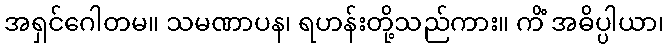
အရှင်ဂေါတမ။ သမဏာပန၊ ရဟန်းတို့သည်ကား။ ကိံ အဓိပ္ပါယာ၊